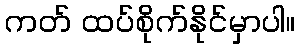
ကတ် ထပ်စိုက်နိုင်မှာပါ။